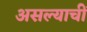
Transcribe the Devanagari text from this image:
असल्याचीं